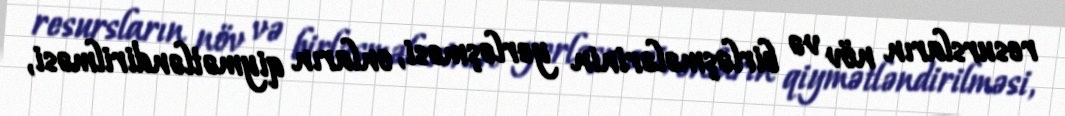
resursların növ və birləşmələrinin yerləşməsi, onların qiymətləndirilməsi,